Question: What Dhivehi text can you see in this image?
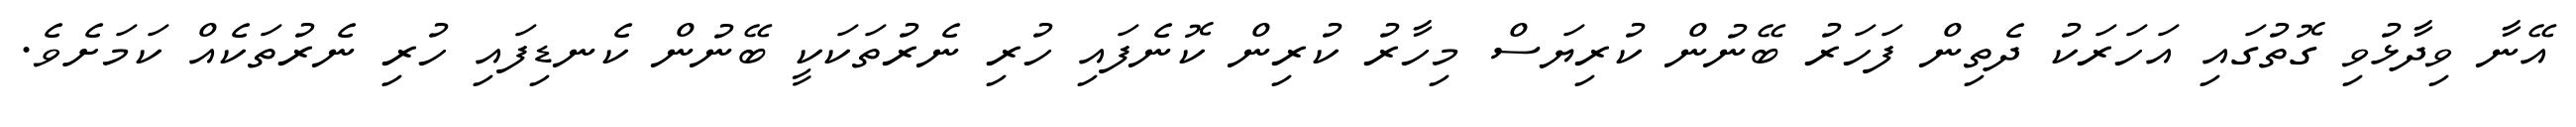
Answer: އޭނާ ވިދާޅުވި ގޮތުގައި އަހަރަކު ދެތިން ފަހަރު ބޭނުން ކުރިޔަސް މިހާރު ކުރިން ކޮނެފައި ހުރި ނެރުތަކަކީ ބޭނުން ކެނޑިފައި ހުރި ނެރުތަކެއް ކަމަށެވެ.